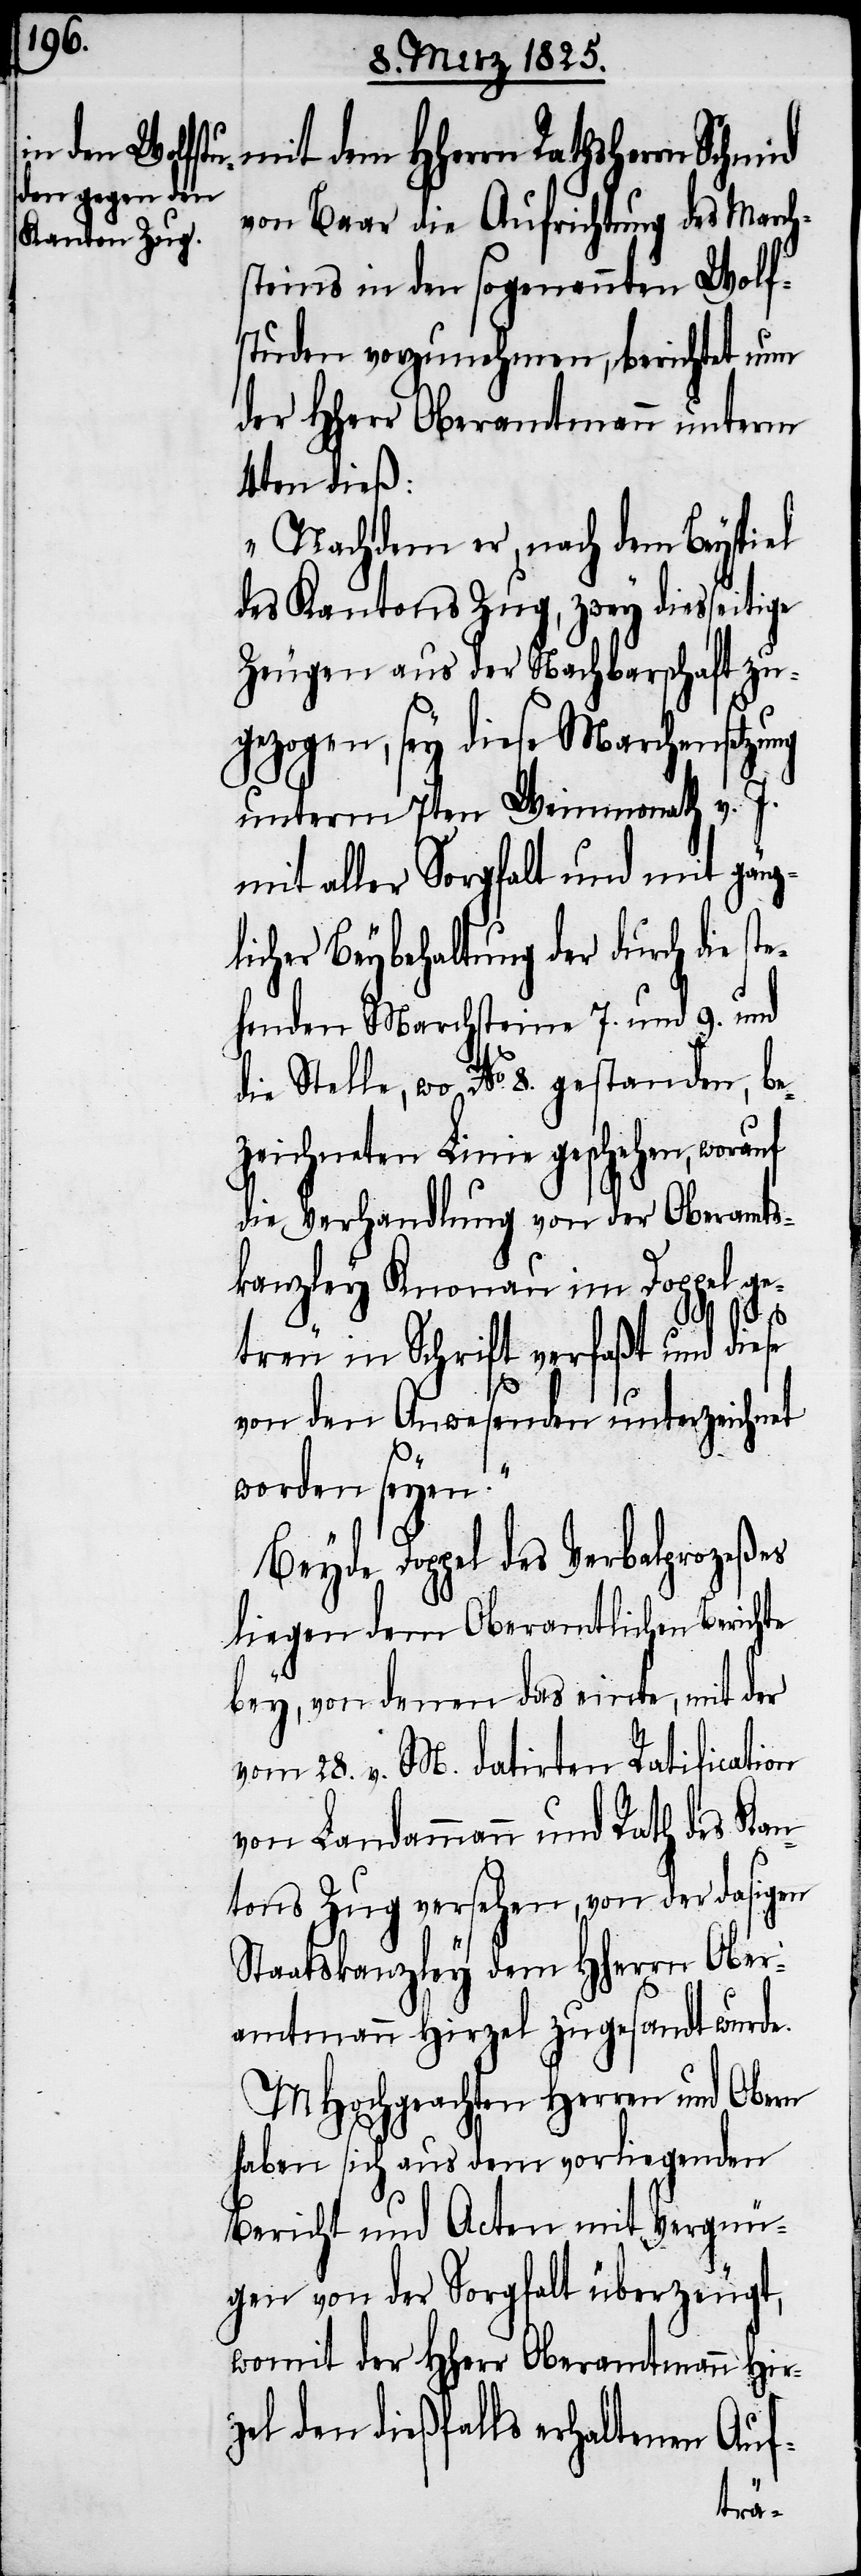
mit dem HHerrn Rathsherrn Schmid
von Baar die Aufrichtung des March¬
steins in den sogenannten Wolf¬
studen vorzunehmen, berichtet nun
der HHerr Oberamtmann unterm
4ten dieß:
„Nachdem er, nach dem Beyspiel
des Kantons Zug, zwey diesseitige
Zeugen aus der Nachbarschaft zu¬
gezogen, sey diese Marchensetzung
unterm 7ten Weinmonath v. J.
mit aller Sorgfalt und mit gänz¬
licher Beybehaltung der durch die s¬
henden Marchsteine 7. und 9. und
die Stelle, wo No. 8. gestanden, be¬
zeichneten Linie geschehen, worauf
die Verhandlung von der Oberamts¬
kanzley Knonau im Doppel ge¬
treu in Schrift verfaßt und diese
von den Anwesenden unterzeichnet
worden seyen.“
Beyde Doppel des Verbalprozeßes
liegen dem Oberamtlichen Berichte
bey, von denen das einte mit der
vom 28. v. M. datirten Ratification
von Landammann und Rath des Kan¬
tons Zug versehen, von der dasigen
aatskanzley dem Hherrn Ober¬
amtmann Hirzel zugesandt wurde.
MHochgeachten Herren und Obern
haben sich aus dem vorliegenden
Bericht und Acten mit Vergnü¬
gen von der Sorgfalt überzeugt,
womit der HHerr Oberamtmann Hir¬
zel den dießfalls erhaltenen Auf-
Sta¬